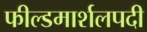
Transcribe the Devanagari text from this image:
फील्डमार्शलपदी